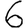
Digit: 6